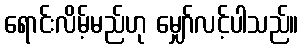
ရောင်းလိမ့်မည်ဟု မျှော်လင့်ပါသည်။